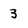
Character: 3